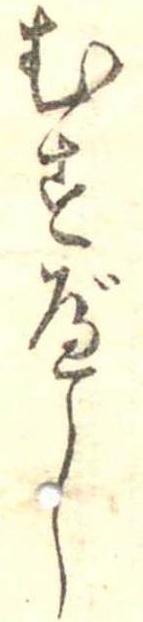
むすべし